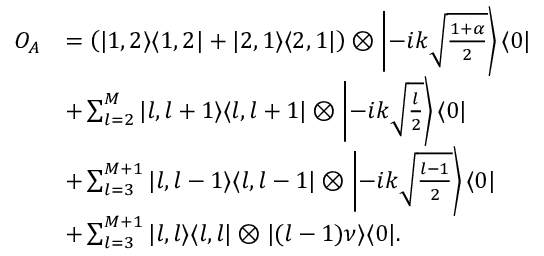
\begin{array} { r l } { O _ { A } } & { = \left( | 1 , 2 \rangle \langle 1 , 2 | + | 2 , 1 \rangle \langle 2 , 1 | \right) \otimes \left| - i k \sqrt { \frac { 1 + \alpha } { 2 } } \right\rangle \langle 0 | } \\ & { + \sum _ { l = 2 } ^ { M } | l , l + 1 \rangle \langle l , l + 1 | \otimes \left| - i k \sqrt { \frac { l } { 2 } } \right\rangle \langle 0 | } \\ & { + \sum _ { l = 3 } ^ { M + 1 } | l , l - 1 \rangle \langle l , l - 1 | \otimes \left| - i k \sqrt { \frac { l - 1 } { 2 } } \right\rangle \langle 0 | } \\ & { + \sum _ { l = 3 } ^ { M + 1 } | l , l \rangle \langle l , l | \otimes | ( l - 1 ) \nu \rangle \langle 0 | . } \end{array}